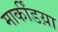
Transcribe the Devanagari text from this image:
मार्कींडय़ा